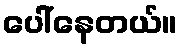
ပေါ်နေတယ်။